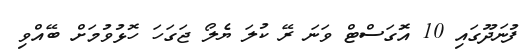
ފުނަދޫގައި 10 އޮަގަސްޓް ވަނަ ރޭ ކުލަ ޔެލޯ ޖަގަހަ ހޮޅުވުމަށް ބޭއްވި